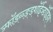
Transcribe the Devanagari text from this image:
ञ्फॉ़ड़्ळ्ङ़्ड्शॉईञ्ङॉईड्श्